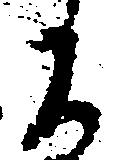
よ